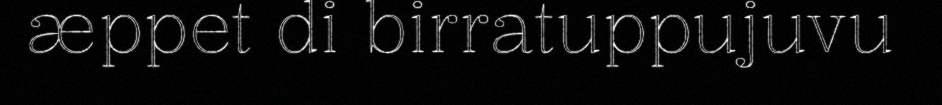
æppet di birratuppujuvu